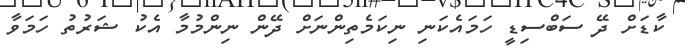
ކާޑަށް ދޭ ސަބްސިޑީ ހަމައެކަނި ނިކަމެތިންނަށް ދޭން ނިންމުމާ އެކު ޝަރުތު ހަމަވާ